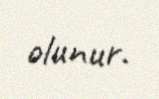
olunur.